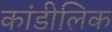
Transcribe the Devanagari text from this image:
कांडीलिक